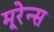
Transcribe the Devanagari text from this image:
मूरेन्स